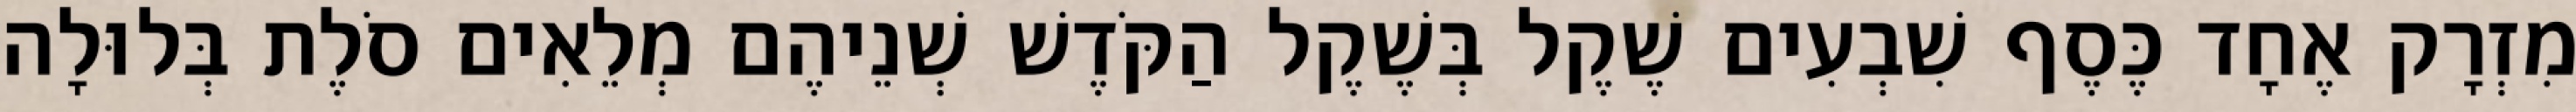
מִזְרָק אֶחָד כֶּסֶף שִׁבְעִים שֶׁקֶל בְּשֶׁקֶל הַקֹּדֶשׁ שְׁנֵיהֶם מְלֵאִים סֹלֶת בְּלוּלָה